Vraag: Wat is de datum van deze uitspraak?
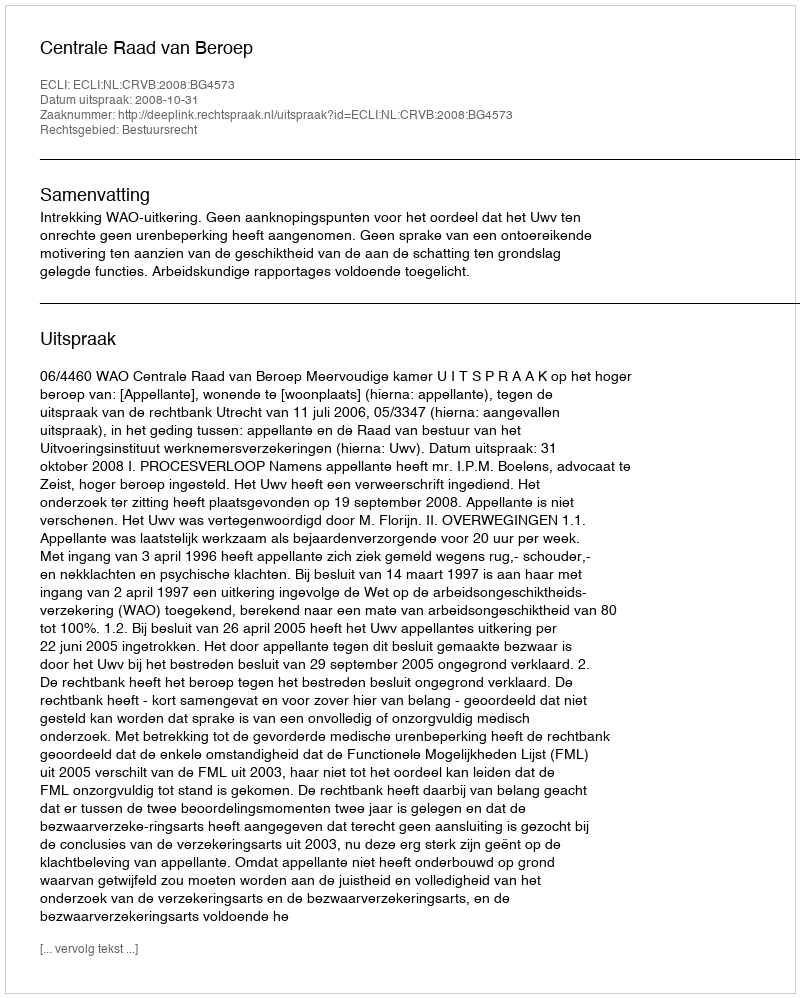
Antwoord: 2008-10-31